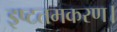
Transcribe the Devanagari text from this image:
इष्टतमकरण।